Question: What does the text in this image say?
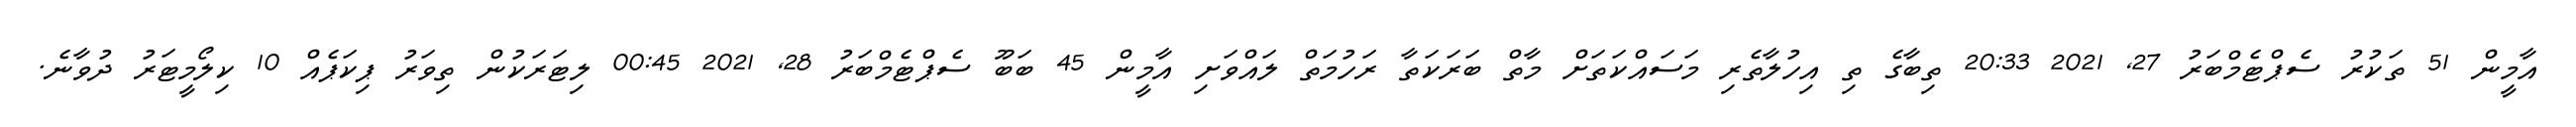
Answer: އާމީން 51 ތަކުރު ސެޕްޓެމްބަރު 27, 2021 20:33 ތިބާގެ ތި އިހުލާތެރި މަސައްކަތަށް މާތް ބަރަކަތާ ރަހުމަތް ލައްވަށި އާމީން 45 ބަބޫ ސެޕްޓެމްބަރު 28, 2021 00:45 ލިޓަރަކުން ތިވަރު ޕިކަޕެއް 10 ކިލޯމީޓަރު ދުވާނެ.